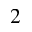
^ 2